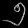
Digit: ၅